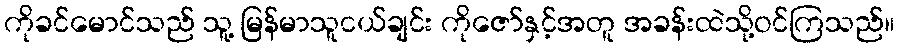
ကိုခင်မောင်သည် သူ့ မြန်မာသူငယ်ချင်း ကိုဇော်နှင့်အတူ အခန်းထဲသို့ဝင်ကြသည်။